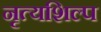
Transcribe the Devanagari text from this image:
नृत्यशिल्प